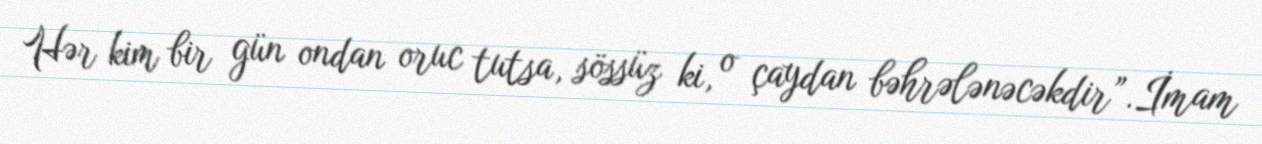
Hər kim bir gün ondan oruc tutsa, sössüz ki, o çaydan bəhrələnəcəkdir”.İmam